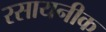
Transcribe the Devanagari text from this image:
रसायनीक